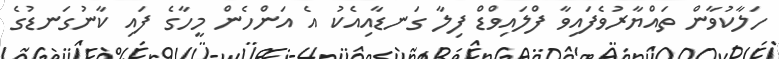
ހަލާކުވާން ތައްޔާރުވެފައިވާ ފްލައިވްޑް ފިލާ ގަނޑާއިއެކު އެ އަންހެން މީހާގެ ފައި ކާނުގަނޑުގެ